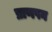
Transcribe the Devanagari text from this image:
प्राणपन